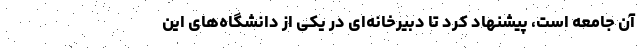
آن جامعه است، پیشنهاد کرد تا دبیرخانه‌ای در یکی از دانشگاه‌های این